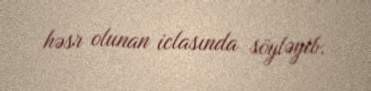
həsr olunan iclasında söyləyib.